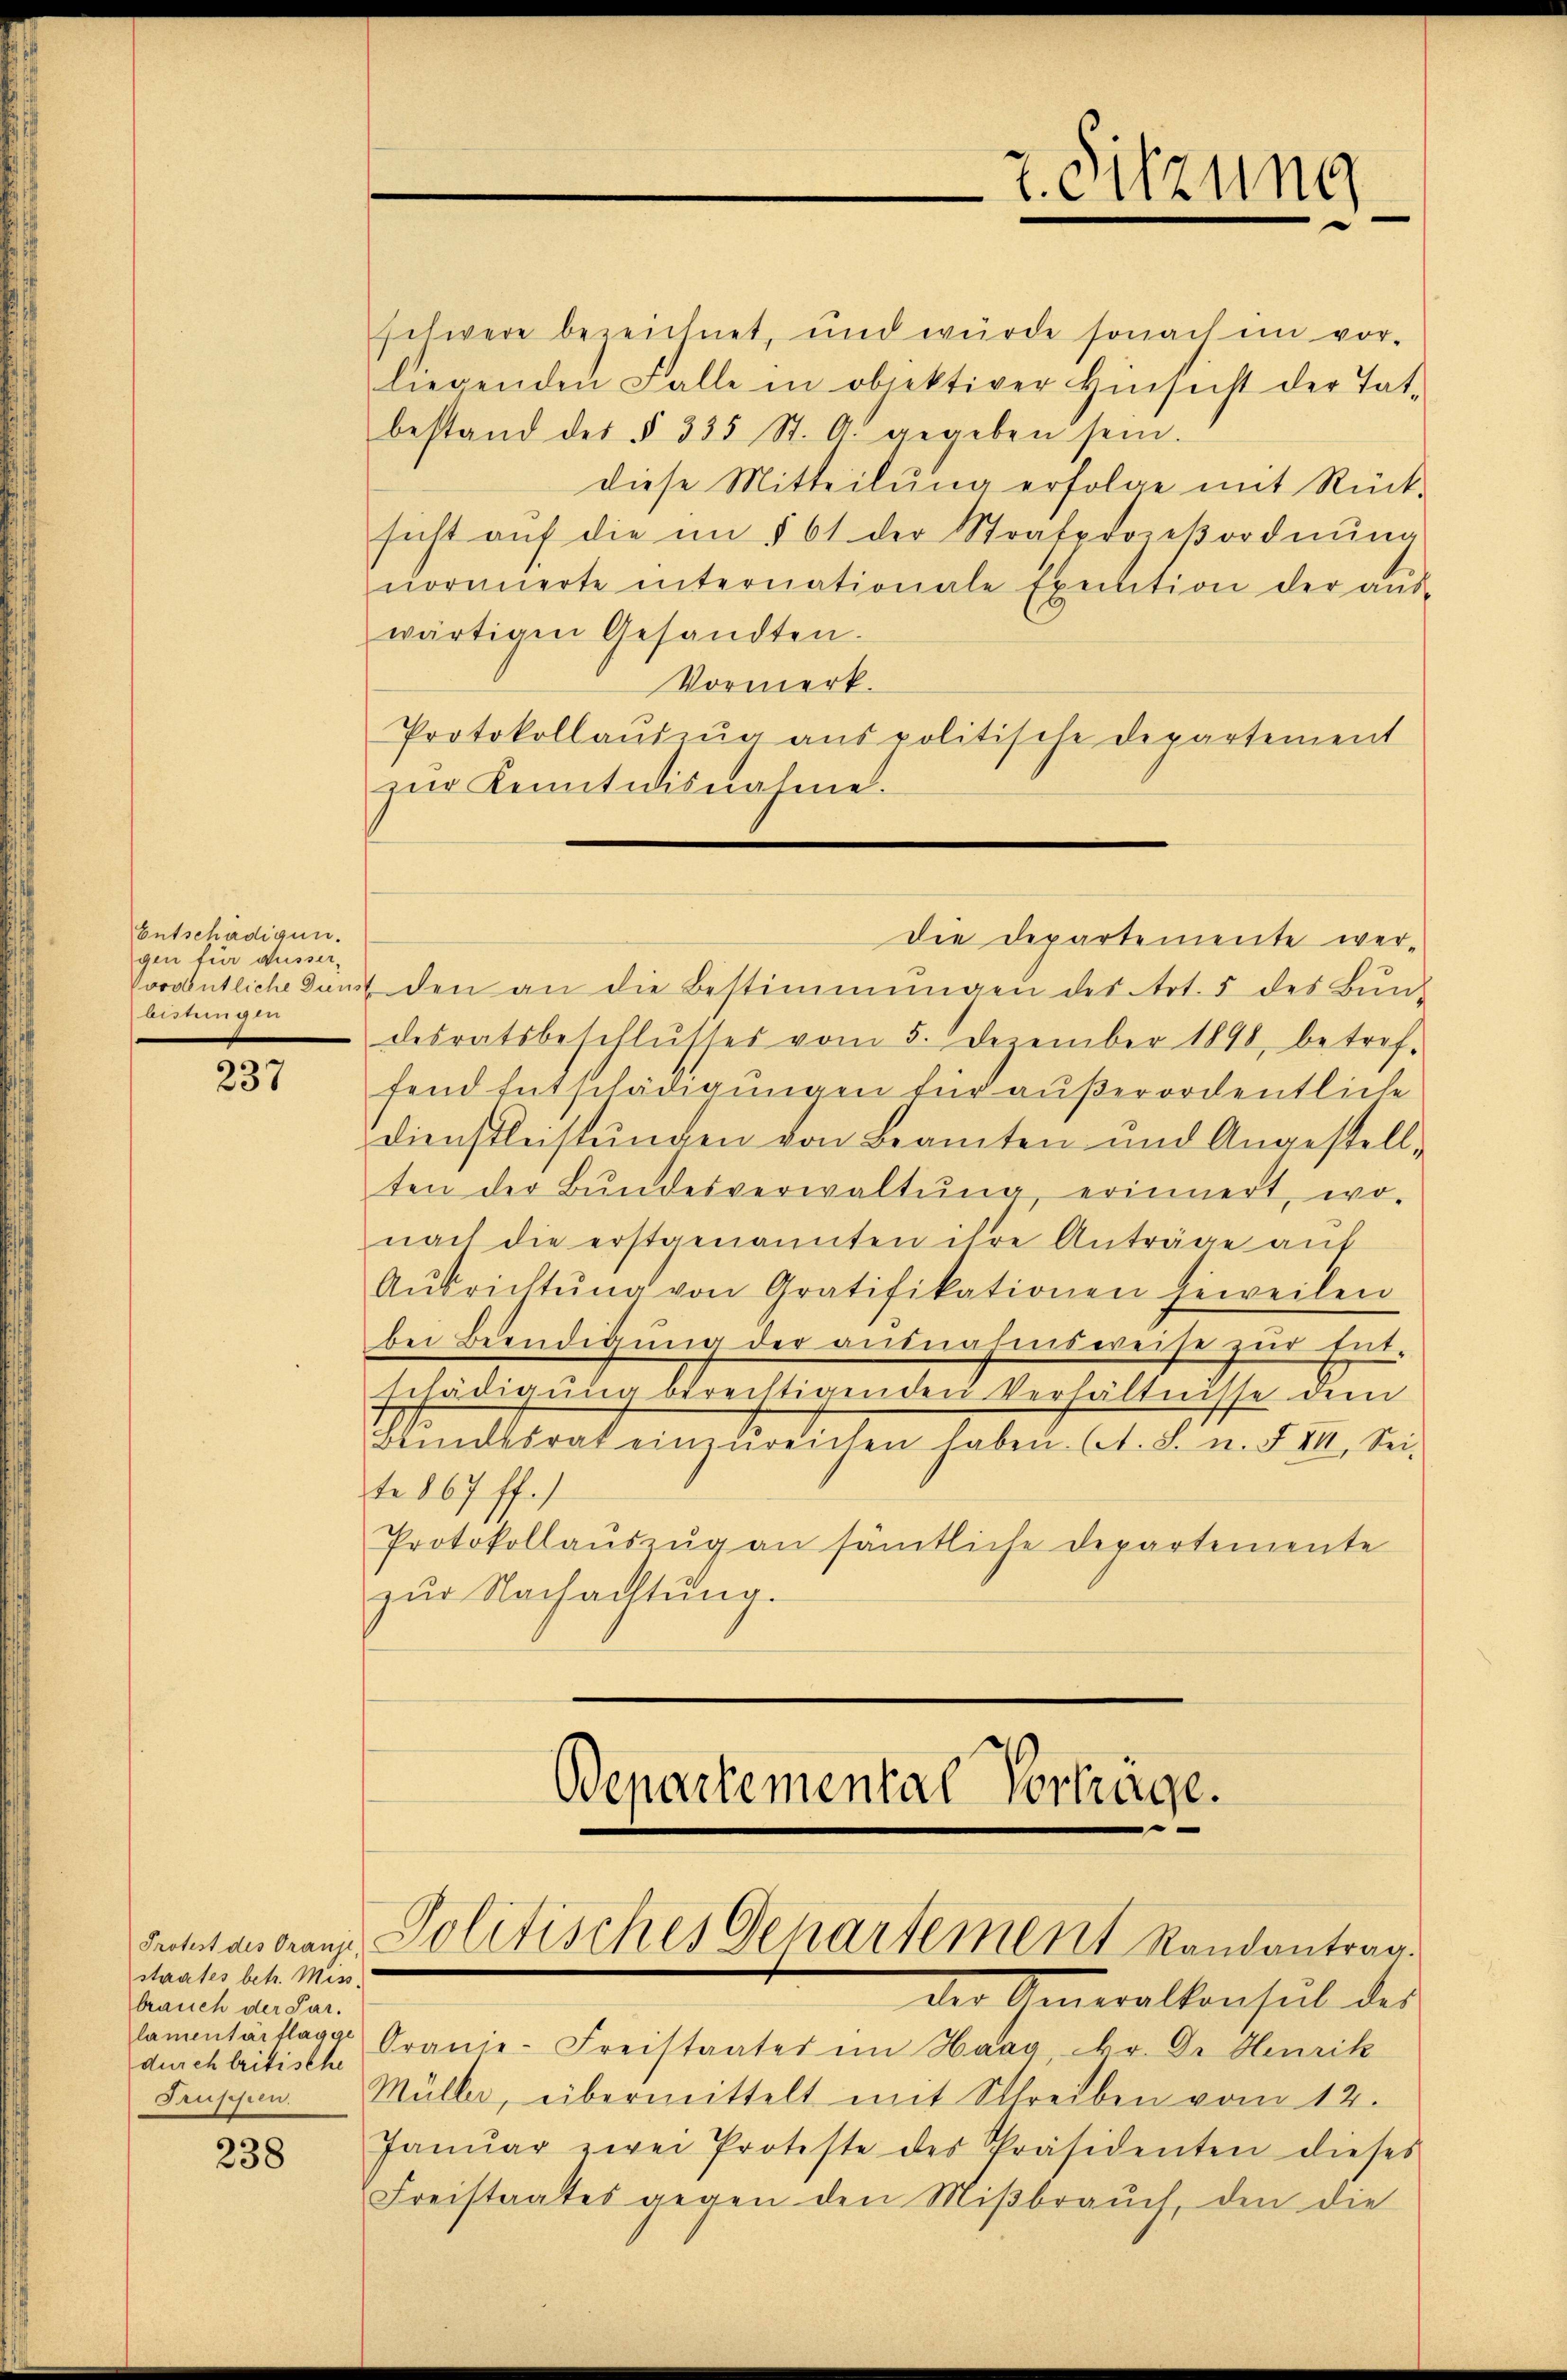
Entschädigun
gen für ausserordentliche Duns
leitungen

237

staates betr. Miss.
brauch der Pardurch tritische
Truppen.

238

schwere bezeichnet, und würde sonach im vor-
liegenden Falle in objektiver Hinsicht der Tat-
bestand des § 335 St. O. gegeben sein.
diese Mitteilŭng erfolge mit Rück-
sicht aŭf die im § 61 der Strafprozeβordnŭng
normierte internationale Execution der aŭs-
wärtigen Gesandten.
Vormerk.
Protokollauszug aus politische Departement
zŭr Kenntnisnahme.
die Departemente werden an die Bestimmungen des Art. 5 des Bŭn-
desratsbeschlŭsses vom 5. Dezember 1890, betref-
fend Entschädigungen für außerordentliche
Dienstleistungen von Beamten und Angestell-
ten der Bŭndesverwaltŭng erinnert, wo-
nach die erstgenannten ihre Anträge aŭf
Aŭsrichtŭng von Gratifikationen jeweilen
bei Beendigŭng der ausnahmsweise zŭr Ent-
schädigung berechtigenden Verhältnisse dem
Blindesrat einzŭreichen haben. (A. S. n. F. VII. Sei-
te 867 ff.)
Protokollaŭszŭg an sämtliche Departemente
zŭr Nachachtung.

2. Sitzung

Bepartemental Vortrage.
Titulars Franz Politisches Departement Randantrag.

der Generalkonseil des
lamentärtlager Oranie-Freistaates im Haag, kr. Dr Henrik
Müller, übermittelt mit Schreiben vom 12.
Janŭar zwei Proteste des Präsidenten dieses
Freistaates gegen den Mißbrauch, den die